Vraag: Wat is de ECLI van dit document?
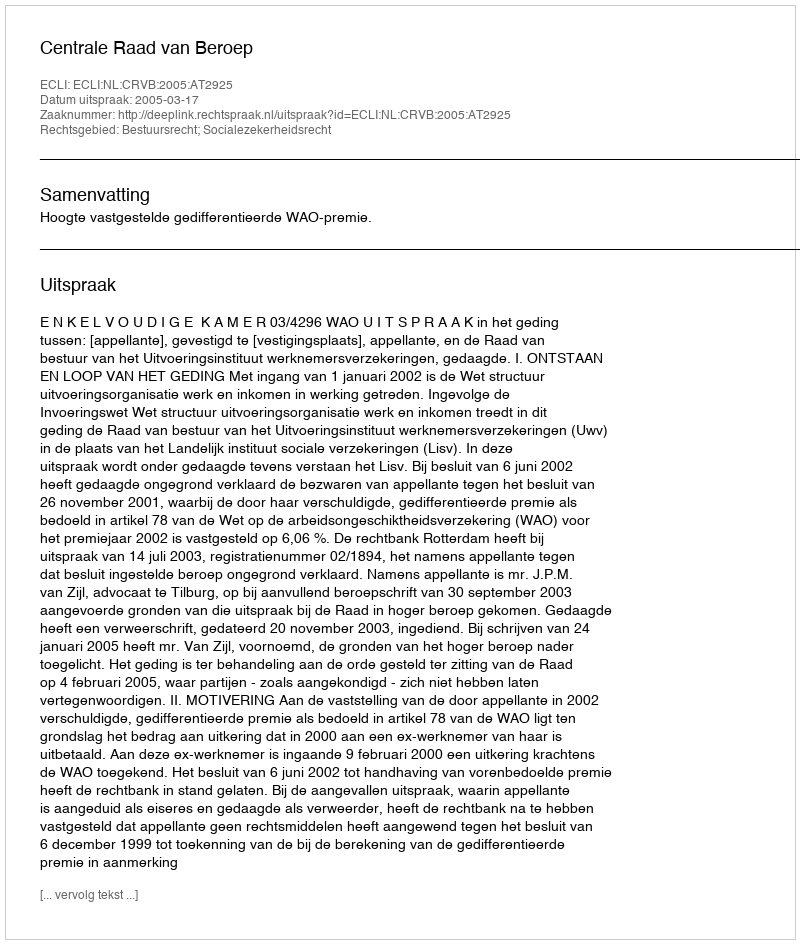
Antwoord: ECLI:NL:CRVB:2005:AT2925